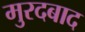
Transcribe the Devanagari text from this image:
मुरदबाद